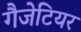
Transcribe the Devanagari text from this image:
गैजेटियर